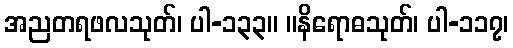
အညတရဖလသုတ်၊ ပါ-၁၃၃။ ။နိရောဓသုတ်၊ ပါ-၁၁၇၊